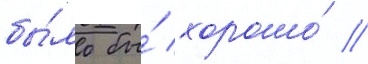
бы́ло бы́ хорошо́ /